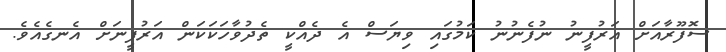
ސޮފޫރާއަށް އަރުފީނު ނުފެނުނު ކަމުގައި ވިޔަސް އެ ދެއްކީ ތެދުވާހަކަކަން އަރުފީނަށް އެނގެއެވެ.